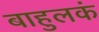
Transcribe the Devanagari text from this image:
बाहुलकं